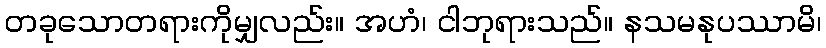
တခုသောတရားကိုမျှလည်း။ အဟံ၊ ငါဘုရားသည်။ နသမနုပဿာမိ၊